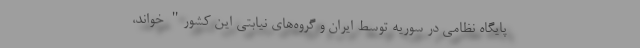
پایگاه نظامی در سوریه توسط ایران و گروه‌های نیابتی این کشور" خواند،